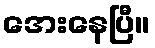
အေးနေပြီ။